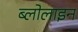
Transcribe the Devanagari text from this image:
ब्लोलाइन